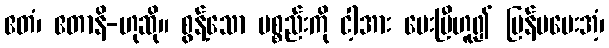
ဧတံ၊ ဧတာနိ-ဟုဆို။ စွန့်သော ပစ္စည်းကို ငါ့အား ပေးပြီဟူ၍ ပြန်မပေးအံ့၊